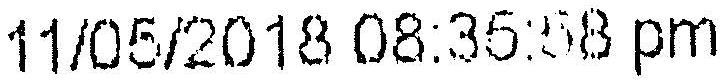
11/05/2018 08:35:58 PM